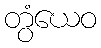
တွံယေဝ